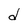
Character: d